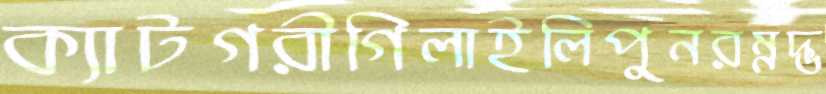
ক্যাটগরীগিলাইলিপুনরম্নদ্ভ